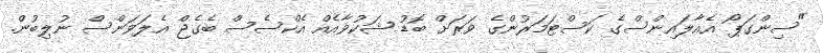
"ސިންގަޕޯ އެއާލައިންސްގެ ކަސްޓަމަރުންގެ ވަރަށް ބޮޑު ޝަކުވާއެއް އެކްސެސް ބެގެޖް އެލަވަންސް ނުލިބުން.